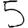
Digit: 5